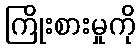
ကြိုးစားမှုကို